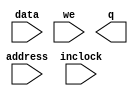
// megafunction wizard: %RAM: 1-PORT%VBB%
// GENERATION: STANDARD
// VERSION: WM1.0
// MODULE: lpm_ram_dq 

// ============================================================
// Megafunction Name(s):
// 			lpm_ram_dq
//
// Simulation Library Files(s):
// 			lpm
// ============================================================
// ************************************************************
// THIS IS A WIZARD-GENERATED FILE. DO NOT EDIT THIS FILE!
//
// 7.2 Build 175 11/20/2007 SP 1 SJ Full Version
// ************************************************************

//Copyright (C) 1991-2007 Altera Corporation
//Your use of Altera Corporation's design tools, logic functions 
//and other software and tools, and its AMPP partner logic 
//functions, and any output files from any of the foregoing 
//(including device programming or simulation files), and any 
//associated documentation or information are expressly subject 
//to the terms and conditions of the Altera Program License 
//Subscription Agreement, Altera MegaCore Function License 
//Agreement, or other applicable license agreement, including, 
//without limitation, that your use is for the sole purpose of 
//programming logic devices manufactured by Altera and sold by 
//Altera or its authorized distributors.  Please refer to the 
//applicable agreement for further details.

module ram (
	address,
	data,
	inclock,
	we,
	q);

	input	[10:0]  address;
	input	[7:0]  data;
	input	  inclock;
	input	  we;
	output	[7:0]  q;

endmodule

// ============================================================
// CNX file retrieval info
// ============================================================
// Retrieval info: PRIVATE: ADDRESSSTALL_A NUMERIC "0"
// Retrieval info: PRIVATE: AclrAddr NUMERIC "0"
// Retrieval info: PRIVATE: AclrByte NUMERIC "0"
// Retrieval info: PRIVATE: AclrData NUMERIC "0"
// Retrieval info: PRIVATE: AclrOutput NUMERIC "0"
// Retrieval info: PRIVATE: BYTE_ENABLE NUMERIC "0"
// Retrieval info: PRIVATE: BYTE_SIZE NUMERIC "8"
// Retrieval info: PRIVATE: BlankMemory NUMERIC "1"
// Retrieval info: PRIVATE: CLOCK_ENABLE_INPUT_A NUMERIC "0"
// Retrieval info: PRIVATE: CLOCK_ENABLE_OUTPUT_A NUMERIC "0"
// Retrieval info: PRIVATE: Clken NUMERIC "0"
// Retrieval info: PRIVATE: DataBusSeparated NUMERIC "1"
// Retrieval info: PRIVATE: IMPLEMENT_IN_LES NUMERIC "0"
// Retrieval info: PRIVATE: INIT_FILE_LAYOUT STRING "PORT_A"
// Retrieval info: PRIVATE: INIT_TO_SIM_X NUMERIC "0"
// Retrieval info: PRIVATE: INTENDED_DEVICE_FAMILY STRING "FLEX10KA"
// Retrieval info: PRIVATE: JTAG_ENABLED NUMERIC "0"
// Retrieval info: PRIVATE: JTAG_ID STRING "NONE"
// Retrieval info: PRIVATE: MAXIMUM_DEPTH NUMERIC "0"
// Retrieval info: PRIVATE: MIFfilename STRING ""
// Retrieval info: PRIVATE: NUMWORDS_A NUMERIC "2048"
// Retrieval info: PRIVATE: OutputRegistered NUMERIC "0"
// Retrieval info: PRIVATE: RAM_BLOCK_TYPE NUMERIC "0"
// Retrieval info: PRIVATE: READ_DURING_WRITE_MODE_PORT_A NUMERIC "3"
// Retrieval info: PRIVATE: RegAdd NUMERIC "1"
// Retrieval info: PRIVATE: RegAddr NUMERIC "1"
// Retrieval info: PRIVATE: RegData NUMERIC "1"
// Retrieval info: PRIVATE: RegOutput NUMERIC "0"
// Retrieval info: PRIVATE: SYNTH_WRAPPER_GEN_POSTFIX STRING "0"
// Retrieval info: PRIVATE: SingleClock NUMERIC "0"
// Retrieval info: PRIVATE: UseDQRAM NUMERIC "0"
// Retrieval info: PRIVATE: WRCONTROL_ACLR_A NUMERIC "0"
// Retrieval info: PRIVATE: WidthAddr NUMERIC "11"
// Retrieval info: PRIVATE: WidthData NUMERIC "8"
// Retrieval info: PRIVATE: rden NUMERIC "0"
// Retrieval info: CONSTANT: LPM_ADDRESS_CONTROL STRING "REGISTERED"
// Retrieval info: CONSTANT: LPM_INDATA STRING "REGISTERED"
// Retrieval info: CONSTANT: LPM_OUTDATA STRING "UNREGISTERED"
// Retrieval info: CONSTANT: LPM_TYPE STRING "LPM_RAM_DQ"
// Retrieval info: CONSTANT: LPM_WIDTH NUMERIC "8"
// Retrieval info: CONSTANT: LPM_WIDTHAD NUMERIC "11"
// Retrieval info: USED_PORT: address 0 0 11 0 INPUT NODEFVAL address[10..0]
// Retrieval info: USED_PORT: data 0 0 8 0 INPUT NODEFVAL data[7..0]
// Retrieval info: USED_PORT: inclock 0 0 0 0 INPUT NODEFVAL inclock
// Retrieval info: USED_PORT: q 0 0 8 0 OUTPUT NODEFVAL q[7..0]
// Retrieval info: USED_PORT: we 0 0 0 0 INPUT VCC we
// Retrieval info: CONNECT: @address 0 0 11 0 address 0 0 11 0
// Retrieval info: CONNECT: @we 0 0 0 0 we 0 0 0 0
// Retrieval info: CONNECT: q 0 0 8 0 @q 0 0 8 0
// Retrieval info: CONNECT: @inclock 0 0 0 0 inclock 0 0 0 0
// Retrieval info: CONNECT: @data 0 0 8 0 data 0 0 8 0
// Retrieval info: LIBRARY: lpm lpm.lpm_components.all
// Retrieval info: GEN_FILE: TYPE_NORMAL ram.v TRUE
// Retrieval info: GEN_FILE: TYPE_NORMAL ram.inc TRUE
// Retrieval info: GEN_FILE: TYPE_NORMAL ram.cmp TRUE
// Retrieval info: GEN_FILE: TYPE_NORMAL ram.bsf TRUE
// Retrieval info: GEN_FILE: TYPE_NORMAL ram_inst.v TRUE
// Retrieval info: GEN_FILE: TYPE_NORMAL ram_bb.v TRUE
// Retrieval info: LIB_FILE: lpm